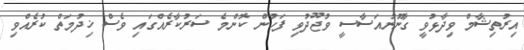
އިރުތިޝާމް ވިދާޅުވީ ގާނޫނުއަސާސީ ވުޖޫދުވި ފަހުން ކޮންމެ ސަރުކާރެއްގައި ވެސް ޚިދުމަތް ކުރެއްވި